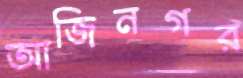
আজিনগর